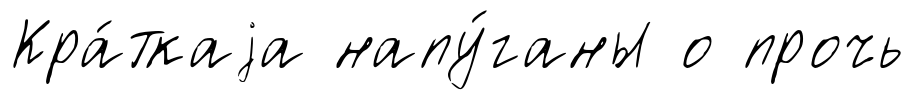
Кра́ткаjа напу́ганы о прочь